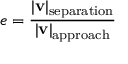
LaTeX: e = { \frac { | \mathbf { v } | _ { \mathrm { s e p a r a t i o n } } } { | \mathbf { v } | _ { \mathrm { a p p r o a c h } } } }